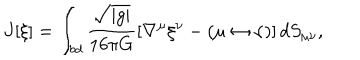
LaTeX: J [ \xi ] = \int _ { \it b d } \frac { \sqrt { \left| { g } \right| } } { 1 6 \pi G } \left[ \nabla ^ { \mu } \xi ^ { \nu } - ( \mu \leftrightarrow \nu ) \right] d S _ { \mu \nu } ,